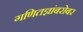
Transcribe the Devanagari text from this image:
गणितज्ञांबरोबर